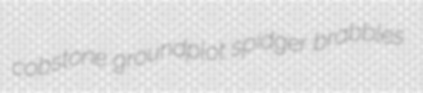
cobstone groundplot spidger brabbles